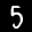
Label: 5